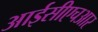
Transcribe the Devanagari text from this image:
आईसीएचआर